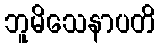
ဘူမိသေနာပတိ